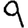
Digit: 9